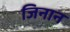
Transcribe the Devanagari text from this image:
जिनान